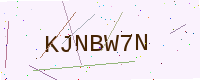
Text: KJNBW7N